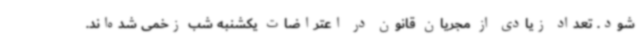
شود. تعداد زیادی از مجریان قانون در اعتراضات یکشنبه شب زخمی شده‌اند.